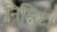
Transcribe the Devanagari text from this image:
निम्निष्ट।